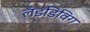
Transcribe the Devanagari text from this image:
लँडडिविग